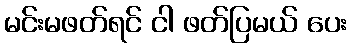
မင်းမဖတ်ရင် ငါ ဖတ်ပြမယ် ပေး